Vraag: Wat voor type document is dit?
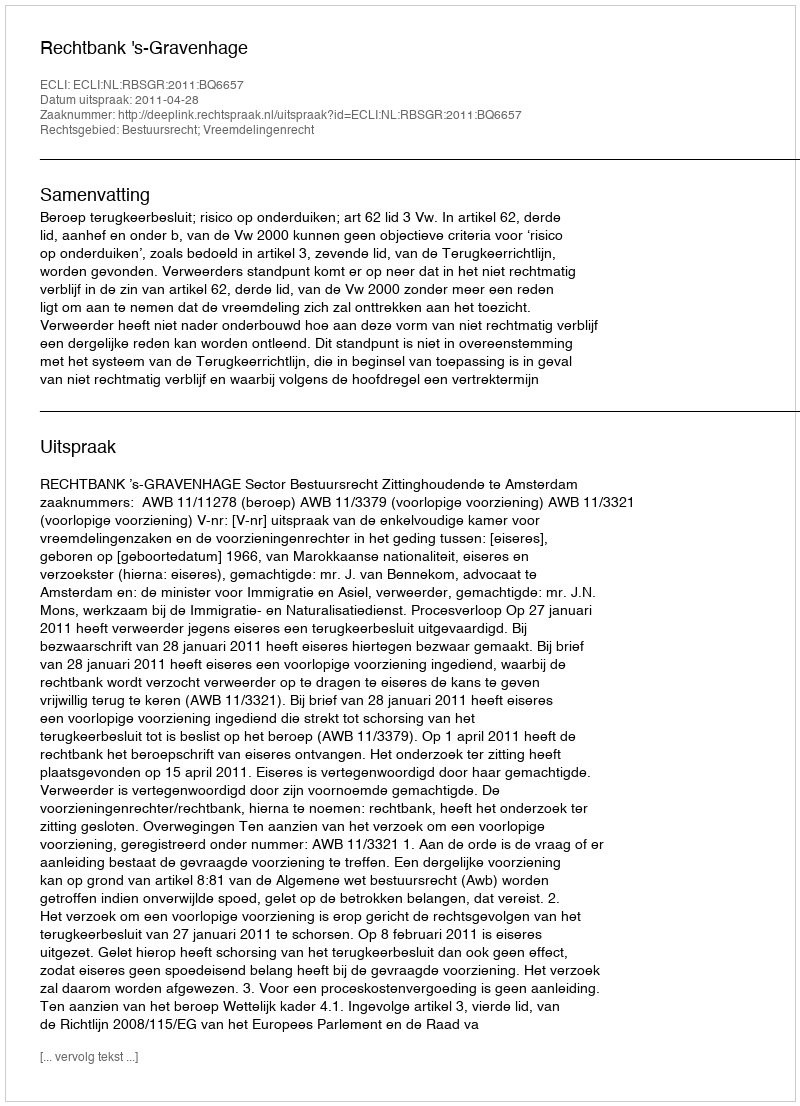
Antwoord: Uitspraak